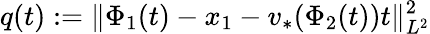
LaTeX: q(t):=\| \Phi_{1}(t)-x_{1}-v_{*}(\Phi_{2}(t))t\| _{L^{2}}^{2}